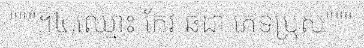
"""។៤,ឈ្មោះ កែវ ឆដា ភេទប្រុស"""